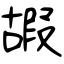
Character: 嘏